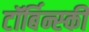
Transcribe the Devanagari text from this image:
टॉर्बिन्स्की